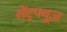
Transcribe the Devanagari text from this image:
सेंट्रफ्यूज